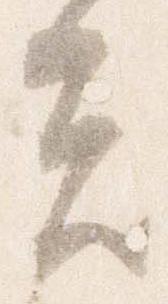
者